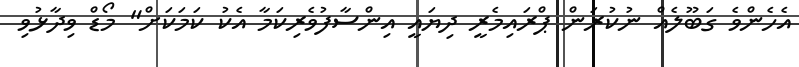
އެހެންވެ ގަބޫލެއް ނުކުރަން ޕްރައިމެރީ ދިޔައީ އިންސާފުވެރިކަމާ އެކު ކަމަކަށް" މޯޑް ވިދާޅުވި